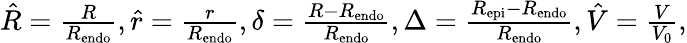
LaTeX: \begin{array}{r}{\hat{R}=\frac{R}{R_{\mathrm{endo}}},\hat{r}=\frac{r}{R_{\mathrm{endo}}},\delta=\frac{R-R_{\mathrm{endo}}}{R_{\mathrm{endo}}},\Delta=\frac{R_{\mathrm{epi}}-R_{\mathrm{endo}}}{R_{\mathrm{endo}}},\hat{V}=\frac{V}{V_{0}},}\end{array}